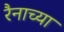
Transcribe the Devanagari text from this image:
रैनाच्या